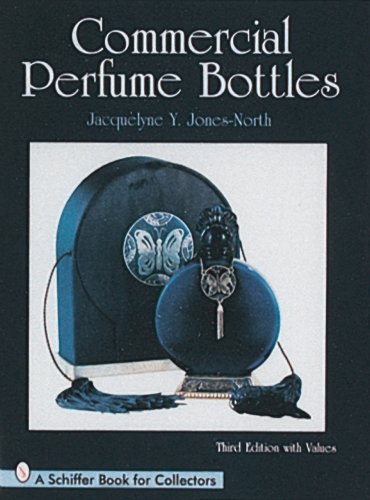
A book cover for Commercial Perfume Bottles; Jacquelyne Jones-North; Crafts, Hobbies & Home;